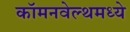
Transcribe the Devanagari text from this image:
कॉमनवेल्थमध्ये